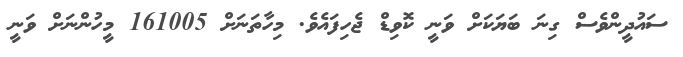
ސައުދީންވެސް ގިނަ ބަޔަކަށް ވަނީ ކޮވިޑް ޖެހިފައެވެ. މިހާތަނަށް 161005 މީހުންނަށް ވަނީ